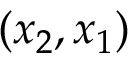
( x _ { 2 } , x _ { 1 } )